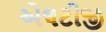
એલટીજી